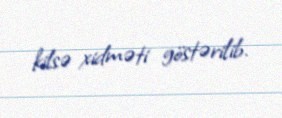
kilsə xidməti göstərilib.